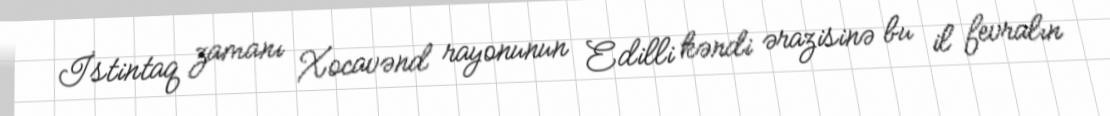
İstintaq zamanı Xocavənd rayonunun Edilli kəndi ərazisinə bu il fevralın